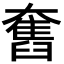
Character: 𡚒